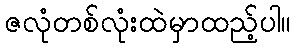
ဇလုံတစ်လုံးထဲမှာထည့်ပါ။